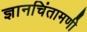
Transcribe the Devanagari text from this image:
ज्ञानचिंतामणी